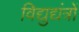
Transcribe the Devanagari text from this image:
विद्युद्यंत्रों